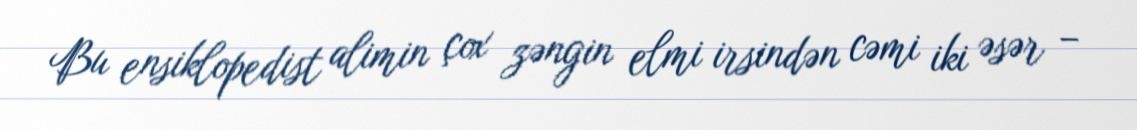
Bu ensiklopedist alimin çox zəngin elmi irsindən cəmi iki əsər –